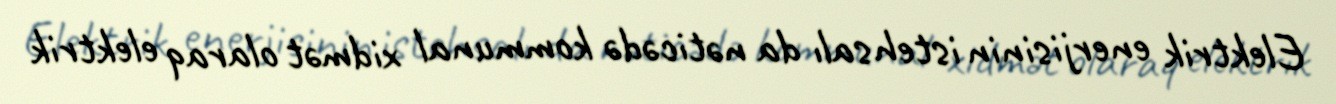
Elektrik enerjisinin istehsalı da nəticədə kommunal xidmət olaraq elektrik